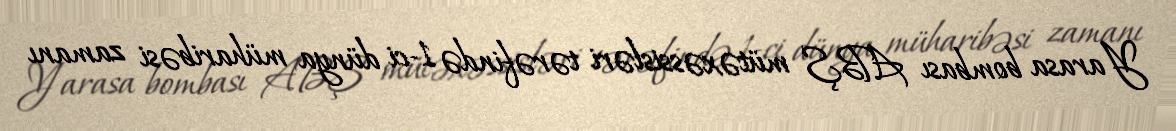
Yarasa bombası ABŞ mütəxəssisləri tərəfində 1-ci dünya müharibəsi zamanı